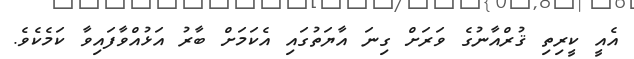
އެއީ ކީރިތި ޤުރްއާނުގެ ވަރަށް ގިނަ އާޔަތުގައި އެކަމަށް ބާރު އަޅުއްވާފައިވާ ކަމެކެވެ.